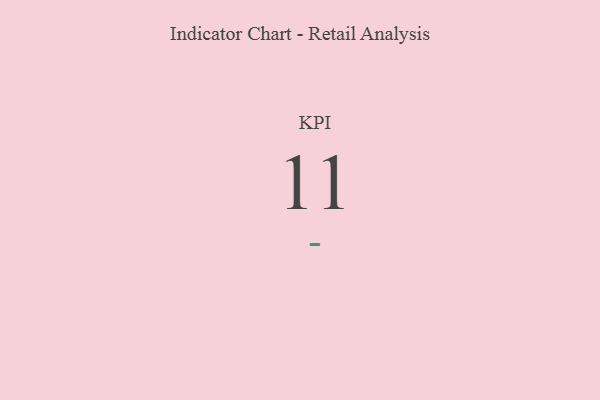
{"axis": {"x": "KPI", "y": "Value"}, "legend": [""], "data": [{"x": "KPI", "y": 11, "type": ""}]}